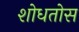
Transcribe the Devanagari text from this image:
शोधतोस